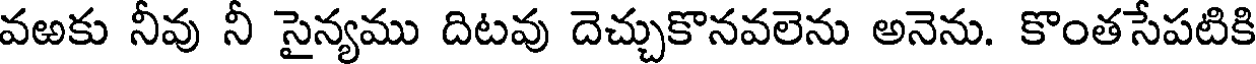
వఱకు నీవు నీ సైన్యము దిటవు దెచ్చుకొనవలెను అనెను. కొంతసేపటికి